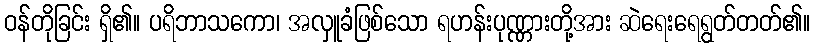
ဝန်တိုခြင်း ရှိ၏။ ပရိဘာသကော၊ အလှူခံဖြစ်သော ရဟန်းပုဏ္ဏားတို့အား ဆဲရေးရေရွတ်တတ်၏။